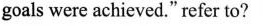
goals were achieved." refer to?